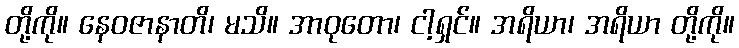
တို့ကို။ နေဝဇာနာတိ၊ မသိ။ အာဝုတော၊ ငါ့ရှင်။ အရိယာ၊ အရိယာ တို့ကို။